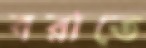
বরাতে